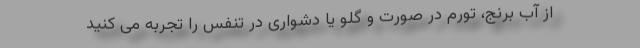
از آب برنج، تورم در صورت و گلو یا دشواری در تنفس را تجربه می کنید